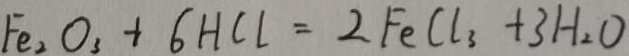
F e _ { 2 } O _ { 3 } + 6 H C l = 2 F e C l _ { 3 } + 3 H _ { 2 } O